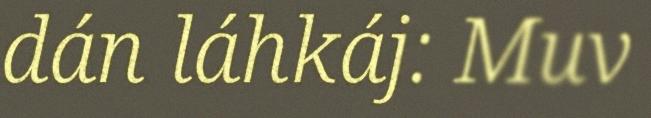
dán láhkáj: Muv